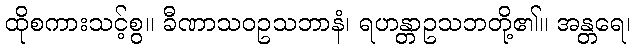
ထိုစကားသင့်စွ။ ခီဏာသဝဥသဘာနံ၊ ရဟန္တာဥသဘတို့၏။ အန္တရေ၊